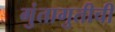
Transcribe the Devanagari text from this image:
गुंतागुतीची